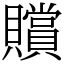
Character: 贘